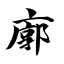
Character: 廓